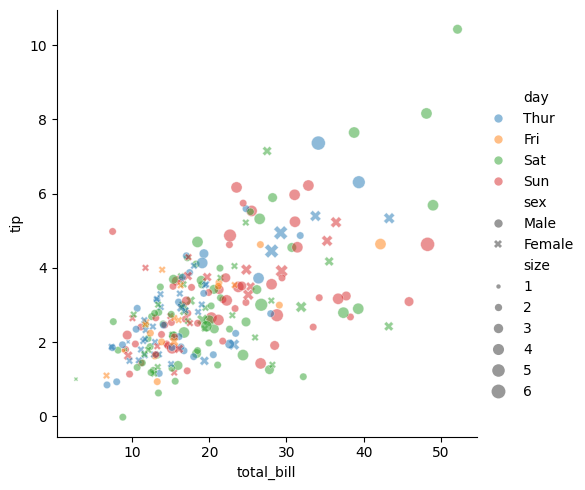
python, seaborn, relplot, alpha=0.5